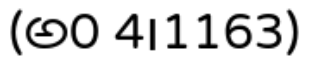
(అ0 4।1163)